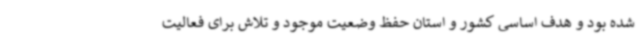
شده بود و هدف اساسی کشور و استان حفظ وضعیت موجود و تلاش برای فعالیت